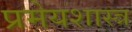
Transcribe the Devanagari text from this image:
प्रमेयशास्त्र